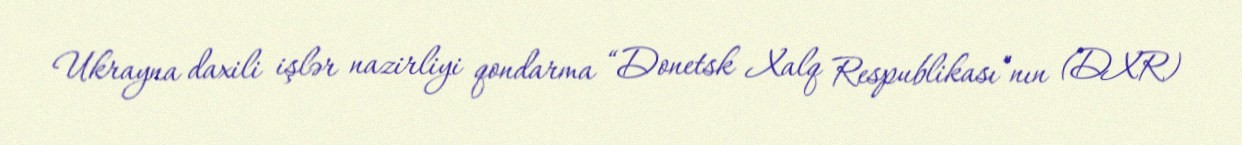
Ukrayna daxili işlər nazirliyi qondarma “Donetsk Xalq Respublikası”nın (DXR)